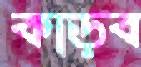
কাড়ব